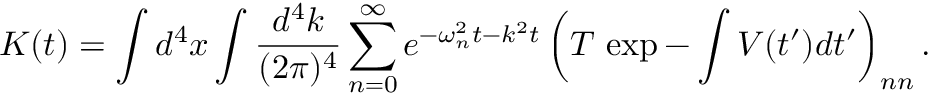
K ( t ) = \int d ^ { 4 } x \int { \frac { d ^ { 4 } k } { ( 2 \pi ) ^ { 4 } } } \sum _ { n = 0 } ^ { \infty } e ^ { - \omega _ { n } ^ { 2 } t - k ^ { 2 } t } \left( T \, \exp - \int V ( t ^ { \prime } ) d t ^ { \prime } \right) _ { n n } .